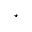
^ \star